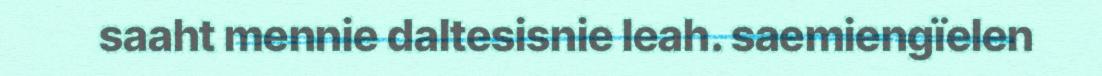
saaht mennie daltesisnie leah. saemiengïelen